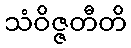
သံဝိဇ္ဇတီတိ